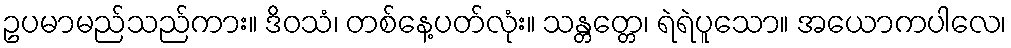
ဥပမာမည်သည်ကား။ ဒိဝသံ၊ တစ်နေ့ပတ်လုံး။ သန္တတ္တေ၊ ရဲရဲပူသော။ အယောကပါလေ၊